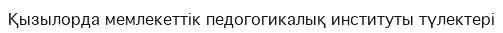
Қызылорда мемлекеттік педогогикалық институты түлектері